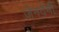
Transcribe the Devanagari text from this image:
जेनवेनी